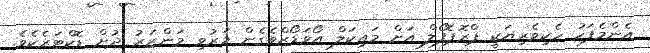
އެންމެފަހު ހެކިވެރިޔަކީ ޕްރޮޕޮފޯލް އަށް މައިކަލް އޯވަޑޯޒްވެގެން މަރުވި މަންޒަރު ދުށް ޑޮކްޓަރެކެވެ.